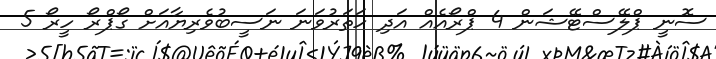
ސޮނީ ޕްލޭސްޓޭޝަން 4 ޕްރޯއެއް އަދި ހަތަރުވަނަ ނަސީބުވެރިޔާއަށް ގޯޕްރޯ ހީރޯ 5